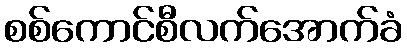
စစ်ကောင်စီလက်အောက်ခံ